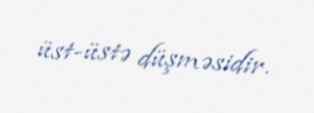
üst-üstə düşməsidir.